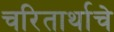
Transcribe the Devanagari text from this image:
चरितार्थाचे